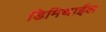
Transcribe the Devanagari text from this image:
डिमिथाईल